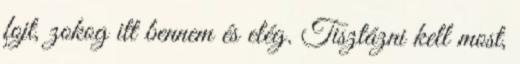
fojt, zokog itt bennem és elég. Tisztázni kell most,